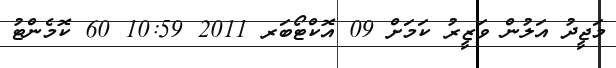
މަޖީދު އަލުން ވަޒީރު ކަމަށް 09 އޮކްޓޯބަރ 2011 10:59 60 ކޮމެންޓު